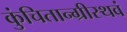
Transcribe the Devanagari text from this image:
कुंचितान्ग्रीस्थवं